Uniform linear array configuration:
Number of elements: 24
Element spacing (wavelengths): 0.5
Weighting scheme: hamming
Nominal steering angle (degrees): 60
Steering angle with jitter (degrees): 58.356
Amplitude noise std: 0.05
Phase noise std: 0.05

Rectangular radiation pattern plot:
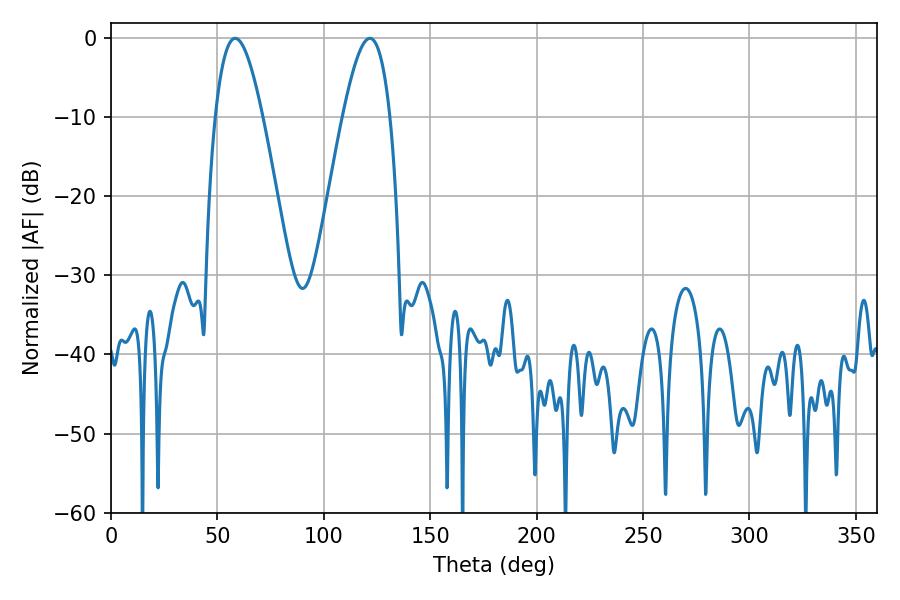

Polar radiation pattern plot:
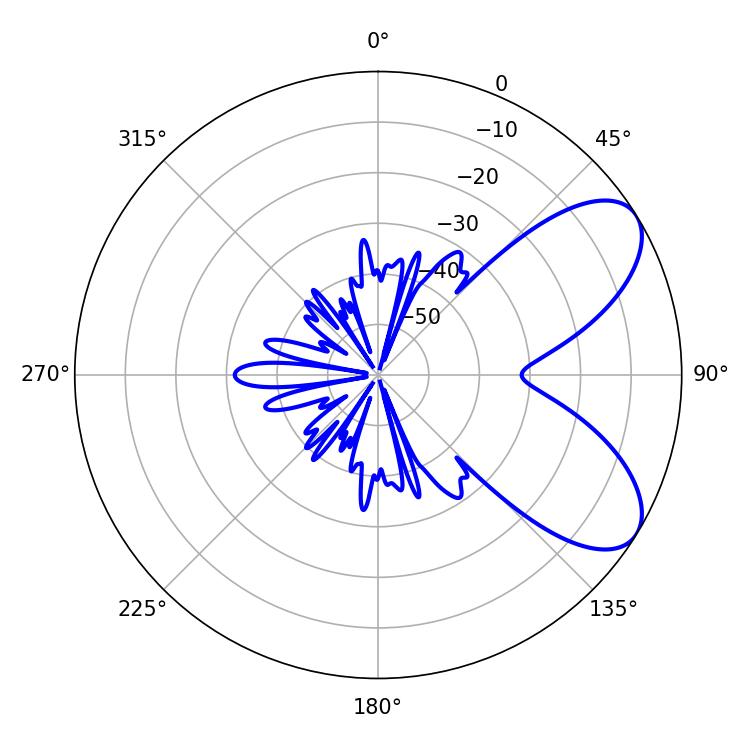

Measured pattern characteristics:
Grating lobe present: FALSE
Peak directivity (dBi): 7.076
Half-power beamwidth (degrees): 12.06
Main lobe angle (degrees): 58.32